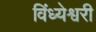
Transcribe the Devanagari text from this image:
विंध्येश्वरी